Reports on military cantonments and civil stations in the Presidency of Bombay inspected by the Sanitary Commissioner in the years 1875 and 1876
Year: 1875
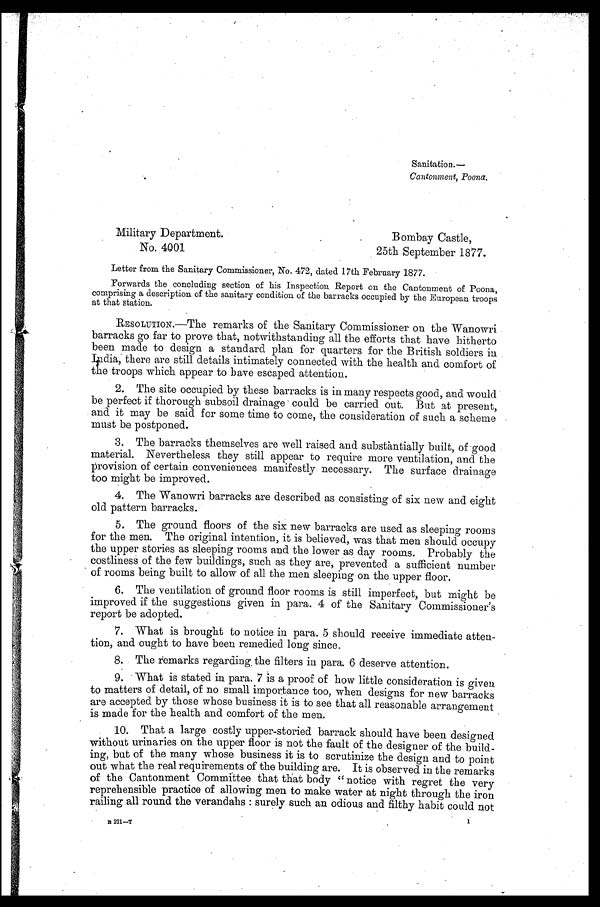
Sanitation.—
Cantonment, Poona.
Military Department.
Bombay Castle,
No. 4001
25th September 1877.
Letter from the Sanitary Commissioner, No. 472, dated 17th February 1877.
Forwards the concluding section of his Inspection Report on the Cantonment of Poona,
comprising a description of the sanitary condition of the barracks occupied by the European troops
at that station.
RESOLUTION.—The remarks of the Sanitary Commissioner on the Wanowri
barracks go far to prove that, notwithstanding all the efforts that have hitherto
been made to design a standard plan for quarters for the British soldiers in
India, there are still details intimately connected with the health and comfort of
the troops which appear to have escaped attention.
2.
The site occupied by these barracks is in many respects good, and would
be perfect if thorough subsoil drainage could be carried out. But at present,
and it may be said for some time to come, the consideration of such a scheme
must be postponed.
3.
The barracks themselves are well raised and substantially built, of good
material. Nevertheless they still appear to require more ventilation, and the
provision of certain conveniences manifestly necessary. The surface drainage
too might be improved.
4.
The Wanowri barracks are described as consisting of six new and eight
old pattern barracks.
5. The ground floors of the six new barracks are used. as sleeping rooms
for the men. The original intention, it is believed, was that men should occupy the upper stories as sleeping rooms and the lower as day rooms. Probably the costliness of the few buildings, such as they are, prevented a sufficient number
of rooms being built to allow of all the men sleeping on the upper floor.
6.
The ventilation of ground floor rooms is still imperfect, but might be
improved if the suggestions given in para. 4 of the Sanitary Commissioner's
report be adopted.
7.
What is brought to notice in para. 5 should receive immediate atten-
tion, and ought to have been remedied long since.
8.
The remarks regarding the filters in para. 6 deserve attention.
9.
What is stated in para. 7 is a proof of how little consideration is given
to matters of detail, of no small importance too, when designs for new barracks
are accepted by those whose business it is to see that all reasonable arrangement
is made for the health and comfort of the men.
10.
That a large costly upper-storied barrack should have been designed
without urinaries on the upper floor is not the fault of the designer of the build-
ing, but of the many whose business it is to scrutinize the design and to point
out what the real requirements of the building are. It is observed in the remarks
of the Cantonment Committee that that body "notice with regret the very
reprehensible practice of allowing men to make water at night through the iron
railing all round the verandahs: surely such an odious and filthy habit could not
B 221—T 1